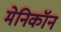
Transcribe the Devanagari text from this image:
मेनिकॉन